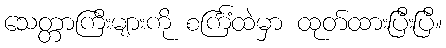
သေတ္တာကြီးများကို စင်္ကြံထဲမှာ ထုတ်ထားပြီးပြီ။